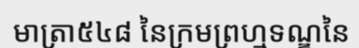
មាត្រា៥៤៨ នៃក្រមព្រហ្មទណ្ឌនៃ